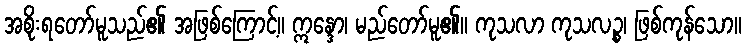
အစိုးရတော်မူသည်၏ အဖြစ်ကြောင့်။ ဣန္ဒော၊ မည်တော်မူ၏။ ကုသလာ ကုသလဉ္စ၊ ဖြစ်ကုန်သော။